Indian journal of veterinary science and animal husbandry - Volumes 18-21, 1948-1951
Year: 1948
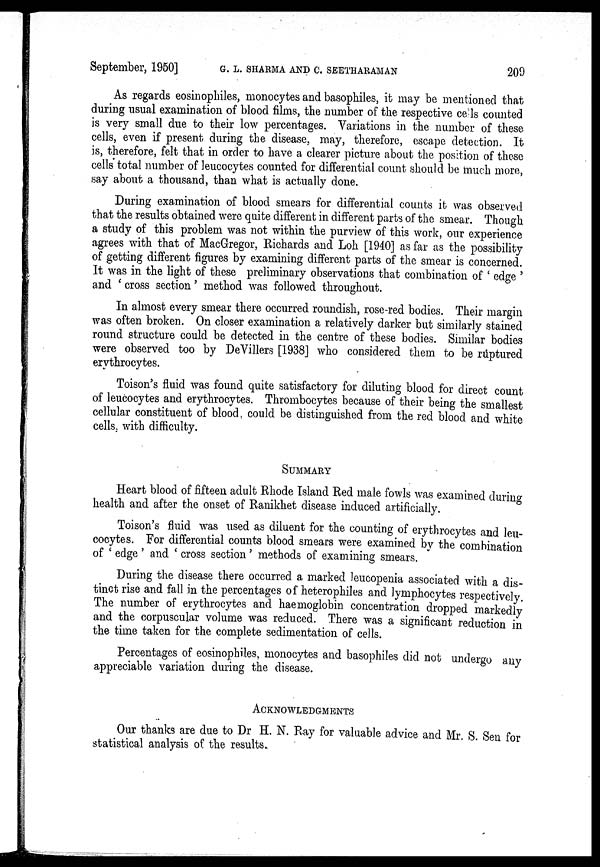
September, 1950] G. L. SHARMA AND C. SEETHARAMAN 209
As regards eosinophiles, monocytes and basophiles, it may be mentioned that
during usual examination of blood films, the number of the respective cells counted
is very small due to their low percentages. Variations in the number of these
cells, even if present during the disease, may, therefore, escape detection. It
is, therefore, felt that in order to have a clearer picture about the position of these
cells total number of leucocytes counted for differential count should be much more,
say about a thousand, than what is actually done.
During examination of blood smears for differential counts it was observed
that the results obtained were quite different in different parts of the smear. Though
a study of this problem was not within the purview of this work, our experience
agrees with that of MacGregor, Richards and Loh [1940] as far as the possibility
of getting different figures by examining different parts of the smear is concerned.
It was in the light of these preliminary observations that combination of ' edge '
and ' cross section ' method was followed throughout.
In almost every smear there occurred roundish, rose-red bodies. Their margin
was often broken. On closer examination a relatively darker but similarly stained
round structure could be detected in the centre of these bodies. Similar bodies
were observed too by DeVillers [1938] who considered them to be ruptured
erythrocytes.
Toison's fluid was found quite satisfactory for diluting blood for direct count
of leucocytes and erythrocytes. Thrombocytes because of their being the smallest
cellular constituent of blood, could be distinguished from the red blood and white
cells, with difficulty.
SUMMARY
Heart blood of fifteen adult Rhode Island Red male fowls was examined during
health and after the onset of Ranikhet disease induced artificially.
Toison's fluid was used as diluent for the counting of erythrocytes and leu-
cocytes. For differential counts blood smears were examined by the combination
of ' edge ' and ' cross section ' methods of examining smears.
During the disease there occurred a marked leucopenia associated with a dis-
tinct rise and fall in the percentages of heterophiles and lymphocytes respectively.
The number of erythrocytes and haemoglobin concentration dropped markedly
and the corpuscular volume was reduced. There was a significant reduction in
the time taken for the complete sedimentation of cells.
Percentages of eosinophiles, monocytes and basophiles did not undergo any
appreciable variation during the disease.
ACKNOWLEDGMENTS
Our thanks are due to Dr H. N. Ray for valuable advice and Mr. S. Sen for
statistical analysis of the results.